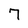
Character: 7